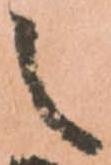
之